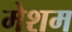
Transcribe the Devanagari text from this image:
मेशम